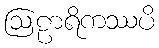
ဩဠာရိကဿပိ